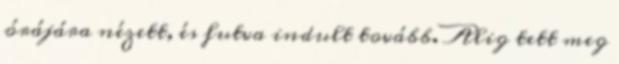
órájára nézett, és futva indult tovább. Alig tett meg